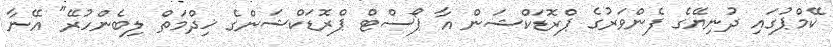
ކޭމްޕުގައި ދުނިޔޭގެ ފެންވަރުގެ ޕްރޮޑަކްޝަން އާ ޕޯސްޓް ޕްރޮޑަކްޝަންގެ ޚިދްމަތް ލިބެންހުރޭ" އޭނާ